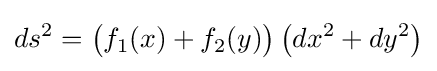
ds^{2}={\big (}f_{1}(x)+f_{2}(y){\big )}\left(dx^{2}+dy^{2}\right)